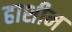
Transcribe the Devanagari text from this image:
हाशीम